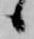
候